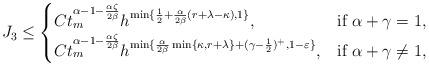
LaTeX: \begin{align*}J_3\leq\begin{cases}C t_m^{\alpha-1-\frac{\alpha\zeta}{2\beta}} h^{ \min\{ \frac{1}{2} + \frac{\alpha}{2\beta}(r+\lambda-\kappa), 1 \} }, & \mbox{if } \alpha + \gamma = 1, \\C t_m^{\alpha-1-\frac{\alpha\zeta}{2\beta}} h^{\min\{\frac{\alpha}{2\beta}\min\{\kappa,r+\lambda\} + (\gamma-\frac{1}{2})^{+}, 1-\varepsilon\}}, & \mbox{if } \alpha + \gamma \neq 1,\end{cases}\end{align*}